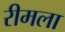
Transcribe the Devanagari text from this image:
रीमला